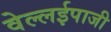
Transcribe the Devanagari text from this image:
वेल्लईपाजी